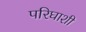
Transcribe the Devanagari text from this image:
परिघाशी